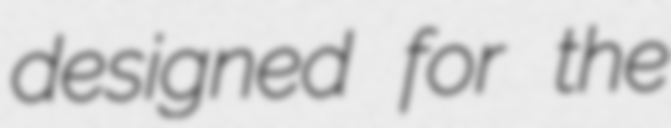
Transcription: designed for the